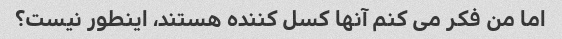
اما من فکر می کنم آنها کسل کننده هستند، اینطور نیست؟